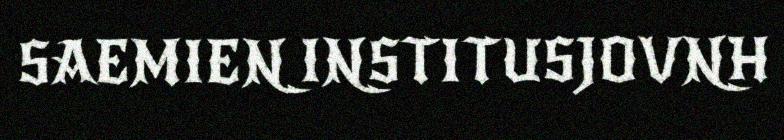
SAEMIEN INSTITUSJOVNH